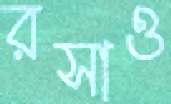
রসাও